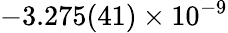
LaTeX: -3.275(41)\times 10^{-9}